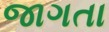
જાગતા